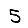
Digit: 5